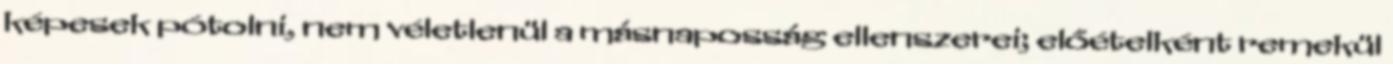
képesek pótolni, nem véletlenül a másnaposság ellenszerei; előételként remekül